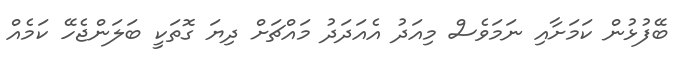
ބޭފުޅުން ކަމަށާއި ނަމަވެސް މިއަދު އެއަދަދު މައްޗަށް ދިޔަ ގޮތަކީ ބަލަންޖެހޭ ކަމެއް